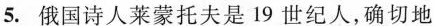
5. 俄国诗人莱蒙托夫是19世纪人，确切地